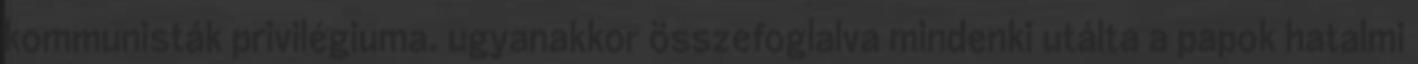
kommunisták privilégiuma. ugyanakkor összefoglalva mindenki utálta a papok hatalmi